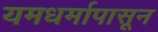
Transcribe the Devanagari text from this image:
यमधर्मापासून